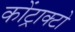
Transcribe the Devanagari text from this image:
कोंट्राक्टो